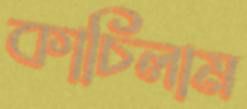
কাচিলাম